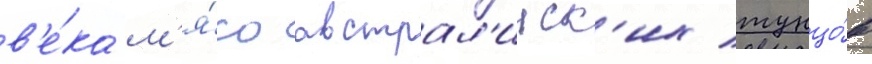
в'е́ка м'я́со австрал'ииск'их тунцо́в